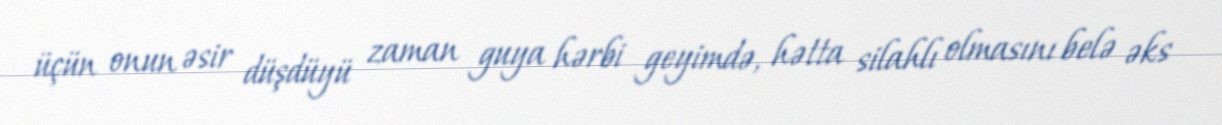
üçün onun əsir düşdüyü zaman guya hərbi geyimdə, hətta silahlı olmasını belə əks